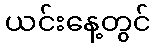
ယင်းနေ့တွင်